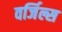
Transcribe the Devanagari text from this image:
वर्जिल्स